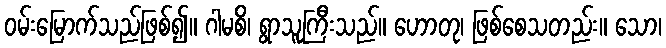
ဝမ်းမြောက်သည်ဖြစ်၍။ ဂါမစိ၊ ရွာသူကြီးသည်။ ဟောတု၊ ဖြစ်စေသတည်း။ သော၊